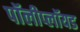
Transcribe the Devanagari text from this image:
पॉलीप्लॉयड